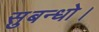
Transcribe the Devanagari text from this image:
सुबन्‍धो।